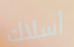
أسلاك